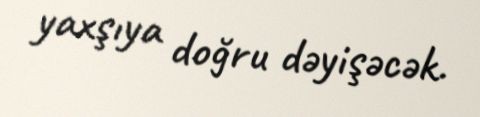
yaxşıya doğru dəyişəcək.